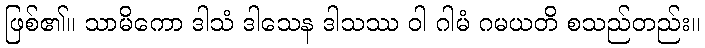
ဖြစ်၏။ သာမိကော ဒါသံ ဒါသေန ဒါသဿ ဝါ ဂါမံ ဂမယတိ စသည်တည်း။